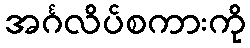
အင်္ဂလိပ်စကားကို